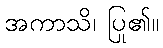
အကာသိ၊ ပြု၏။